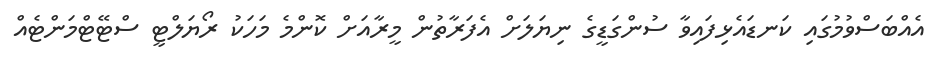
އެއްބަސްވުމުގައި ކަނޑައެޅިފައިވާ ސުންގަޑީގެ ނިޔަލަށް އެފަރާތުން މީރާއަށް ކޮންމެ މަހަކު ރޯޔަލްޓީ ސްޓޭޓްމަންޓެއް